Provision of milk for school children, 1936
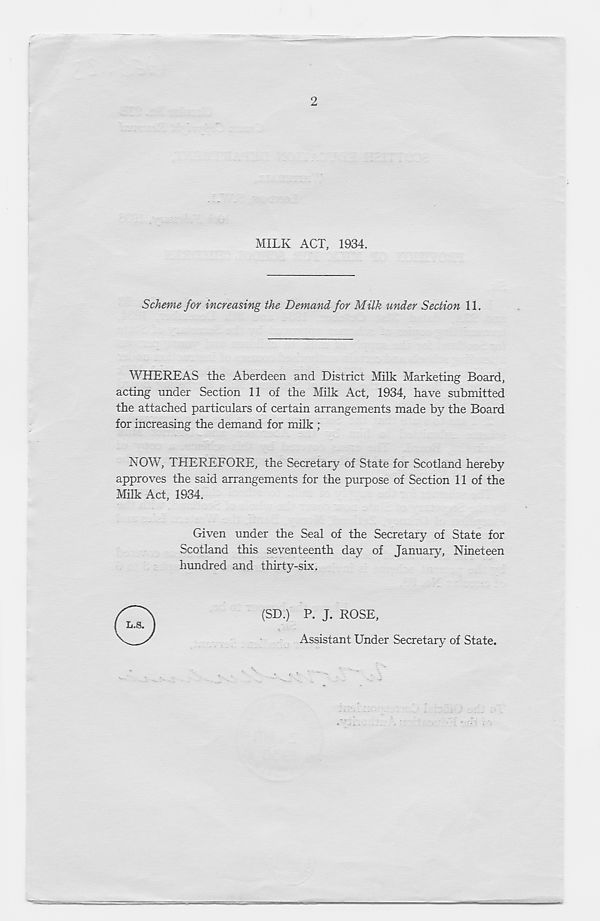
2
MILK ACT, 1934.
Scheme for increasing the Demand for Milk under Section 11.
WHEREAS the Aberdeen and District Milk Marketing Board,
acting under Section 11 of the Milk Act, 1934, have submitted
the attached particulars of certain arrangements made by the Board
for increasing the demand for milk ;
NOW, THEREFORE, the Secretary of State for Scotland hereby
approves the said arrangements for the purpose of Section 11 of the
Milk Act, 1934.
Given under the Seal of the Secretary of State for
Scotland this seventeenth day of January, Nineteen
hundred and thirty-six.
(SD.) P. J. ROSE,
Assistant Under Secretary of State.